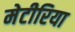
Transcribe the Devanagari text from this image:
मेटीरिया